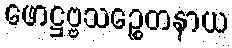
ဖောဋ္ဌဗ္ဗသဉ္စေတနာယ